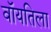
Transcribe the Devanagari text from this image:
वॉयतिला